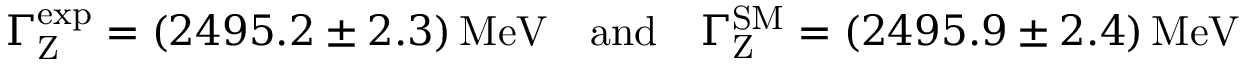
\Gamma _ { \mathrm { Z } } ^ { \mathrm { e x p } } = ( 2 4 9 5 . 2 \pm 2 . 3 ) \, \mathrm { M e V } \ \ \ \mathrm { a n d } \ \ \ \Gamma _ { \mathrm { Z } } ^ { \mathrm { S M } } = ( 2 4 9 5 . 9 \pm 2 . 4 ) \, \mathrm { M e V }